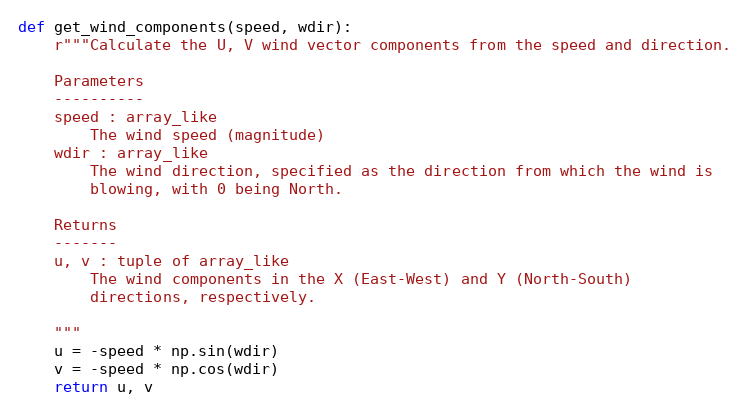
Language: Python
def get_wind_components(speed, wdir):
    r"""Calculate the U, V wind vector components from the speed and direction.

    Parameters
    ----------
    speed : array_like
        The wind speed (magnitude)
    wdir : array_like
        The wind direction, specified as the direction from which the wind is
        blowing, with 0 being North.

    Returns
    -------
    u, v : tuple of array_like
        The wind components in the X (East-West) and Y (North-South)
        directions, respectively.

    """
    u = -speed * np.sin(wdir)
    v = -speed * np.cos(wdir)
    return u, v